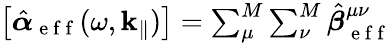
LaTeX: \begin{array}{r}{\left[\hat{\boldsymbol{\alpha}}_{\mathrm{~e~f~f~}}(\omega,\mathbf{k}_{\| })\right]=\sum_{\mu}^{M}\sum_{\nu}^{M}\hat{\boldsymbol{\beta}}_{\mathrm{~e~f~f~}}^{\mu\nu}}\end{array}